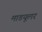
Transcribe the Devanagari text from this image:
माडयूलर